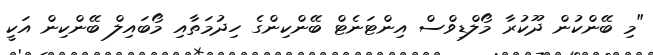
"މި ބޭންކުން ދޫކުރާ މޯލްޑިވްސް އިންޓަނެޓް ބޭންކިންގެ ހިދުމަތާއި މޯބައިލް ބޭންކިން އަކީ